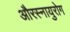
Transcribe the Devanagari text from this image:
औरस्नायुरोग